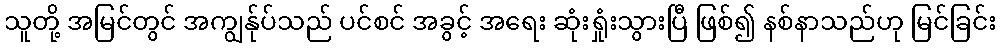
သူတို့ အမြင်တွင် အကျွန်ုပ်သည် ပင်စင် အခွင့် အရေး ဆုံးရှုံးသွားပြီ ဖြစ်၍ နစ်နာသည်ဟု မြင်ခြင်း